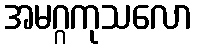
အမဂ္ဂကုသလော